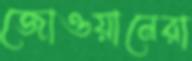
জোওয়ানেরা